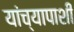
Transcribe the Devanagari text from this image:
यांच्यापाशी